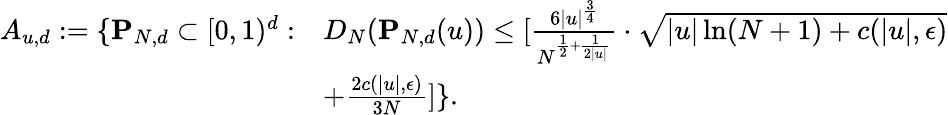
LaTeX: \begin{array}{rl}{A_{u,d}:=\{ \mathbf{P}_{N,d}\subset[0,1)^{d}:}&{D_{N}(\mathbf{P}_{N,d}(u))\leq[\frac{6|u|^{\frac{3}{4}}}{N^{\frac{1}{2}+\frac{1}{2|u|}}}\cdot\sqrt{|u|\ln(N+1)+c(|u|,\epsilon)}}\\ &{+\frac{2c(|u|,\epsilon)}{3N}]\} .}\end{array}